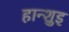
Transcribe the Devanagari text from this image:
हान्शुइ